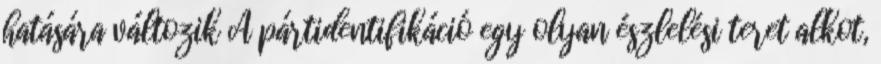
hatására változik A pártidentifikáció egy olyan észlelési teret alkot,